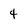
Character: 4